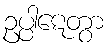
ဥပ္ပါဋေတွာ